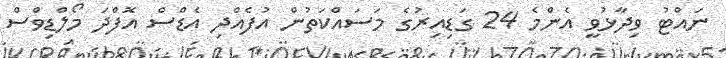
ނައްޓު ވިދާޅުވީ އެންމެ 24 ގަޑިއިރުގެ މަސައްކަތުން އުފެއްދި އެޑްސް އޮފްދަ މޯލްޑިވްސް